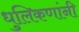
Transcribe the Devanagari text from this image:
धुलिकणांनी